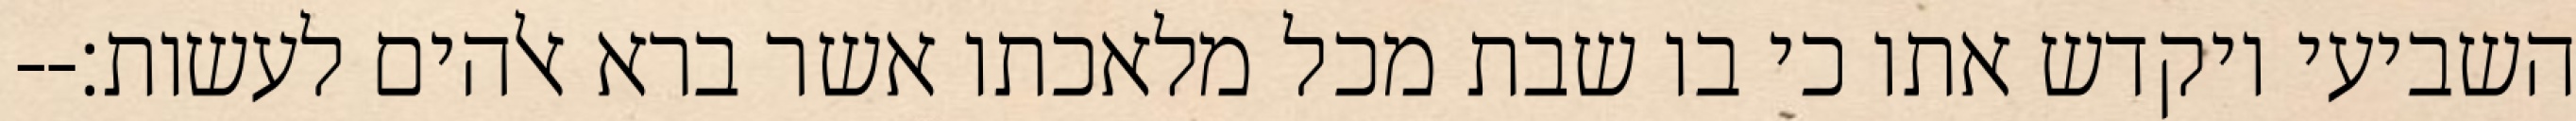
השביעי ויקדש אתו כי בו שבת מכל מלאכתו אשר ברא אלהים לעשות׃--